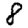
Digit: 8